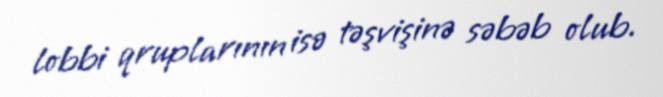
lobbi qruplarının isə təşvişinə səbəb olub.